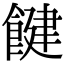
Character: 䭈